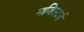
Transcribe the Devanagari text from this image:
मजिस्टर्ल